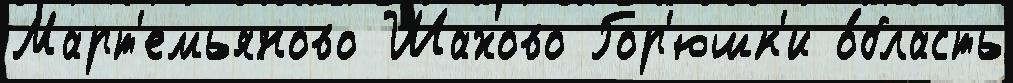
Март'емьяново Шахово Гор'юшк'и о́бласть